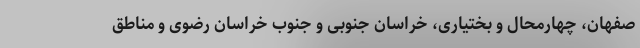
صفهان، چهارمحال و بختیاری، خراسان جنوبی و جنوب خراسان رضوی و مناطق